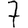
Digit: 7